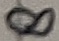
Text: 8